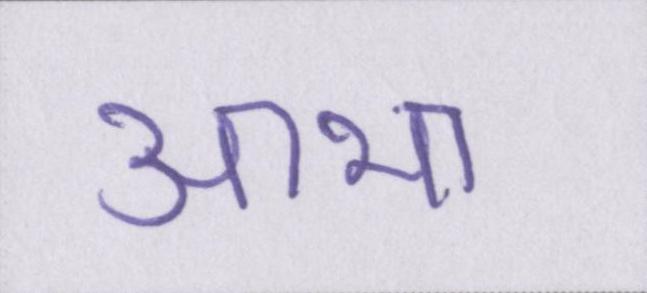
आभा